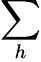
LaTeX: \sum_{h}